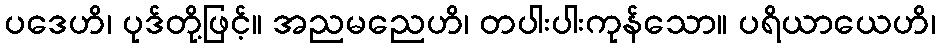
ပဒေဟိ၊ ပုဒ်တို့ဖြင့်။ အညမညေဟိ၊ တပါးပါးကုန်သော။ ပရိယာယေဟိ၊